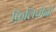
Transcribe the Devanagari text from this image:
फ़िलिपीनों